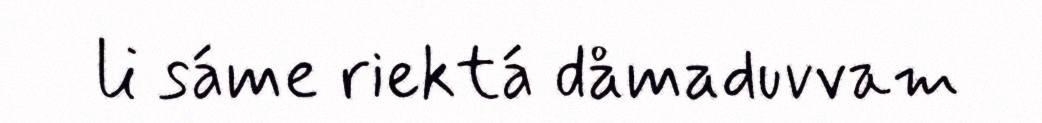
li sáme riektá dåmaduvvam